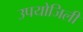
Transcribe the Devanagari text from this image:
उपयोजिली